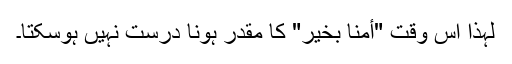
لہذا اس وقت "أمنا بخیر" کا مقدر ہونا درست نہیں ہوسکتا۔